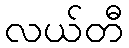
လယ်တီ